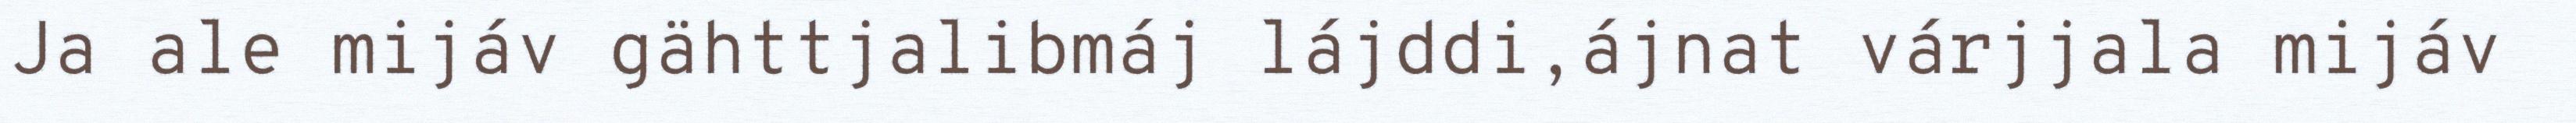
Ja ale mijáv gähttjalibmáj lájddi,ájnat várjjala mijáv